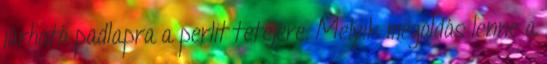
járható padlapra a perlit tetejére. Melyik megoldás lenne a